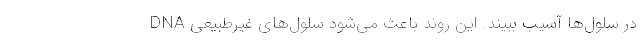
DNA در سلول‌ها آسیب ببیند. این روند باعث می‌شود سلول‌های غیرطبیعی